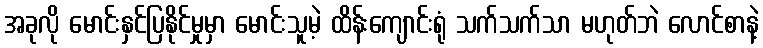
အခုလို မောင်းနှင်ပြနိုင်မှုမှာ မောင်းသူမဲ့ ထိန်းကျောင်းရုံ သက်သက်သာ မဟုတ်ဘဲ လောင်စာနဲ့